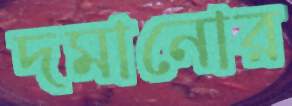
দমানোর